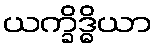
ယက္ခိဒ္ဓိယာ